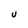
Character: U